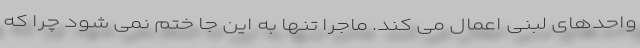
واحدهای لبنی اعمال می کند. ماجرا تنها به این جا ختم نمی شود چرا که